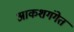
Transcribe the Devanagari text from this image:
आकशगंगेत